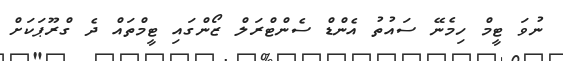
ނުވަ ޓީމް ހިމެނޭ ސައުތު އެންޑް ސެންޓްރަލް ޒޯންގައި ޓީމްތައް ދެ ގްރޫޕަކަށް